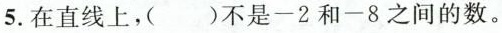
5.在直线上，()不是-2和-8之间的数。